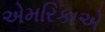
એમરિકાએ